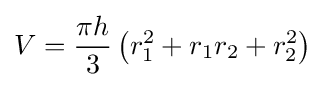
V={\frac {\pi h}{3}}\left(r_{1}^{2}+r_{1}r_{2}+r_{2}^{2}\right)